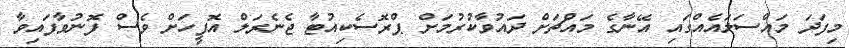
މިފަދަ މައްސަލައެއްގައި އޭނާގެ މައްޗަށް ދައުވާކުރުމަށް ޕްރޮސެކިއުޓާ ޖެނެރަލް އޮފީހަށް ވެސް ފޮނުވާފައިވާ